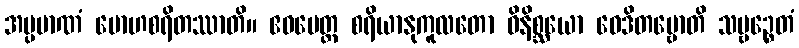
အပ္ပမာဏံ မောဟစရိတဿာတိ။ ဧဝမေတ္ထ စရိယာနုကူလတော ဝိနိစ္ဆယော ဝေဒိတဗ္ဗောတိ သဗ္ဗဉ္စေတံ